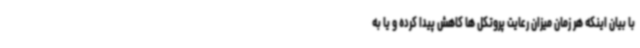
با بیان اینکه هر زمان میزان رعایت پروتکل ها کاهش پیدا کرده و یا به